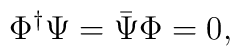
\Phi^\dag \Psi = {\bar \Psi} \Phi=0,